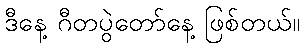
ဒီနေ့ ဂီတပွဲတော်နေ့ ဖြစ်တယ်။